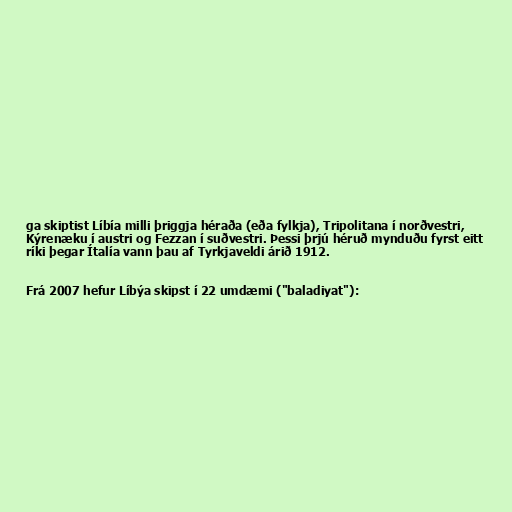
ga skiptist Líbía milli þriggja héraða (eða fylkja), Tripolitana í norðvestri,
Kýrenæku í austri og Fezzan í suðvestri. Þessi þrjú héruð mynduðu fyrst eitt
ríki þegar Ítalía vann þau af Tyrkjaveldi árið 1912.

Frá 2007 hefur Líbýa skipst í 22 umdæmi ("baladiyat"):